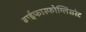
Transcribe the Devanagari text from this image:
बाईफास्फोग्लिसरेट